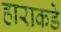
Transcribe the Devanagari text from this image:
हाराकडे